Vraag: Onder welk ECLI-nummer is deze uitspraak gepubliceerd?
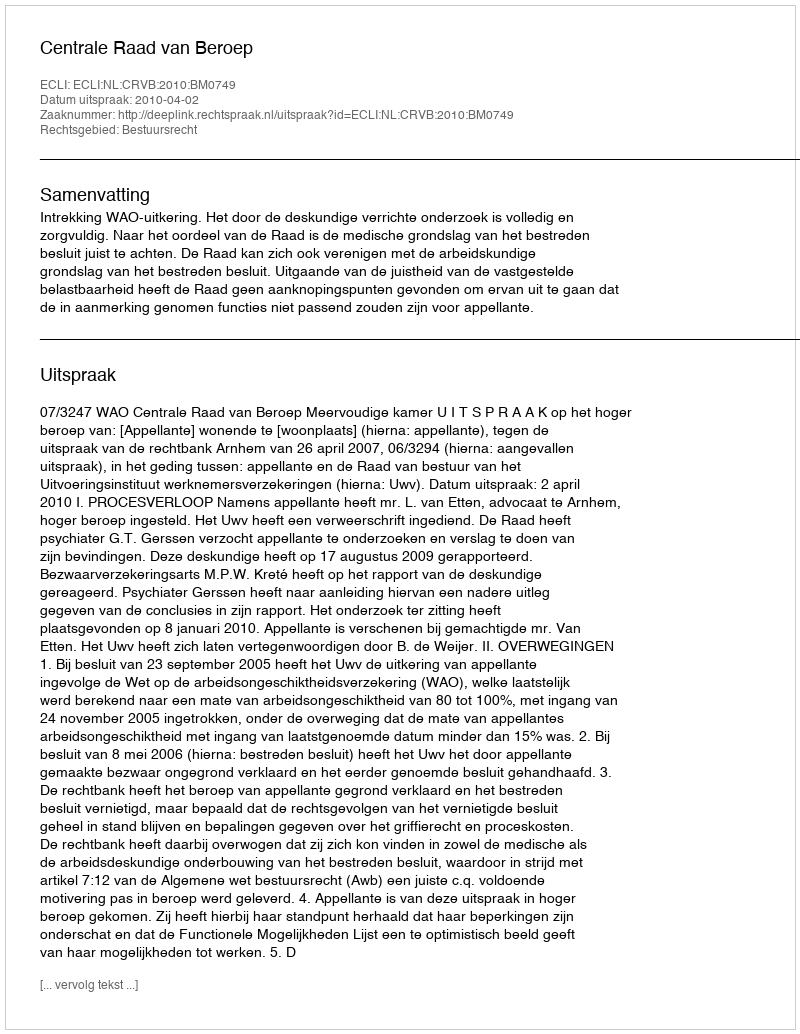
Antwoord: ECLI:NL:CRVB:2010:BM0749